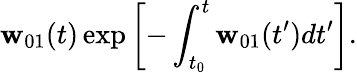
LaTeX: \mathbf{w}_{01}(t)\exp\left[-\int_{t_{0}}^{t}\mathbf{w}_{01}(t^{\prime})dt^{\prime}\right].